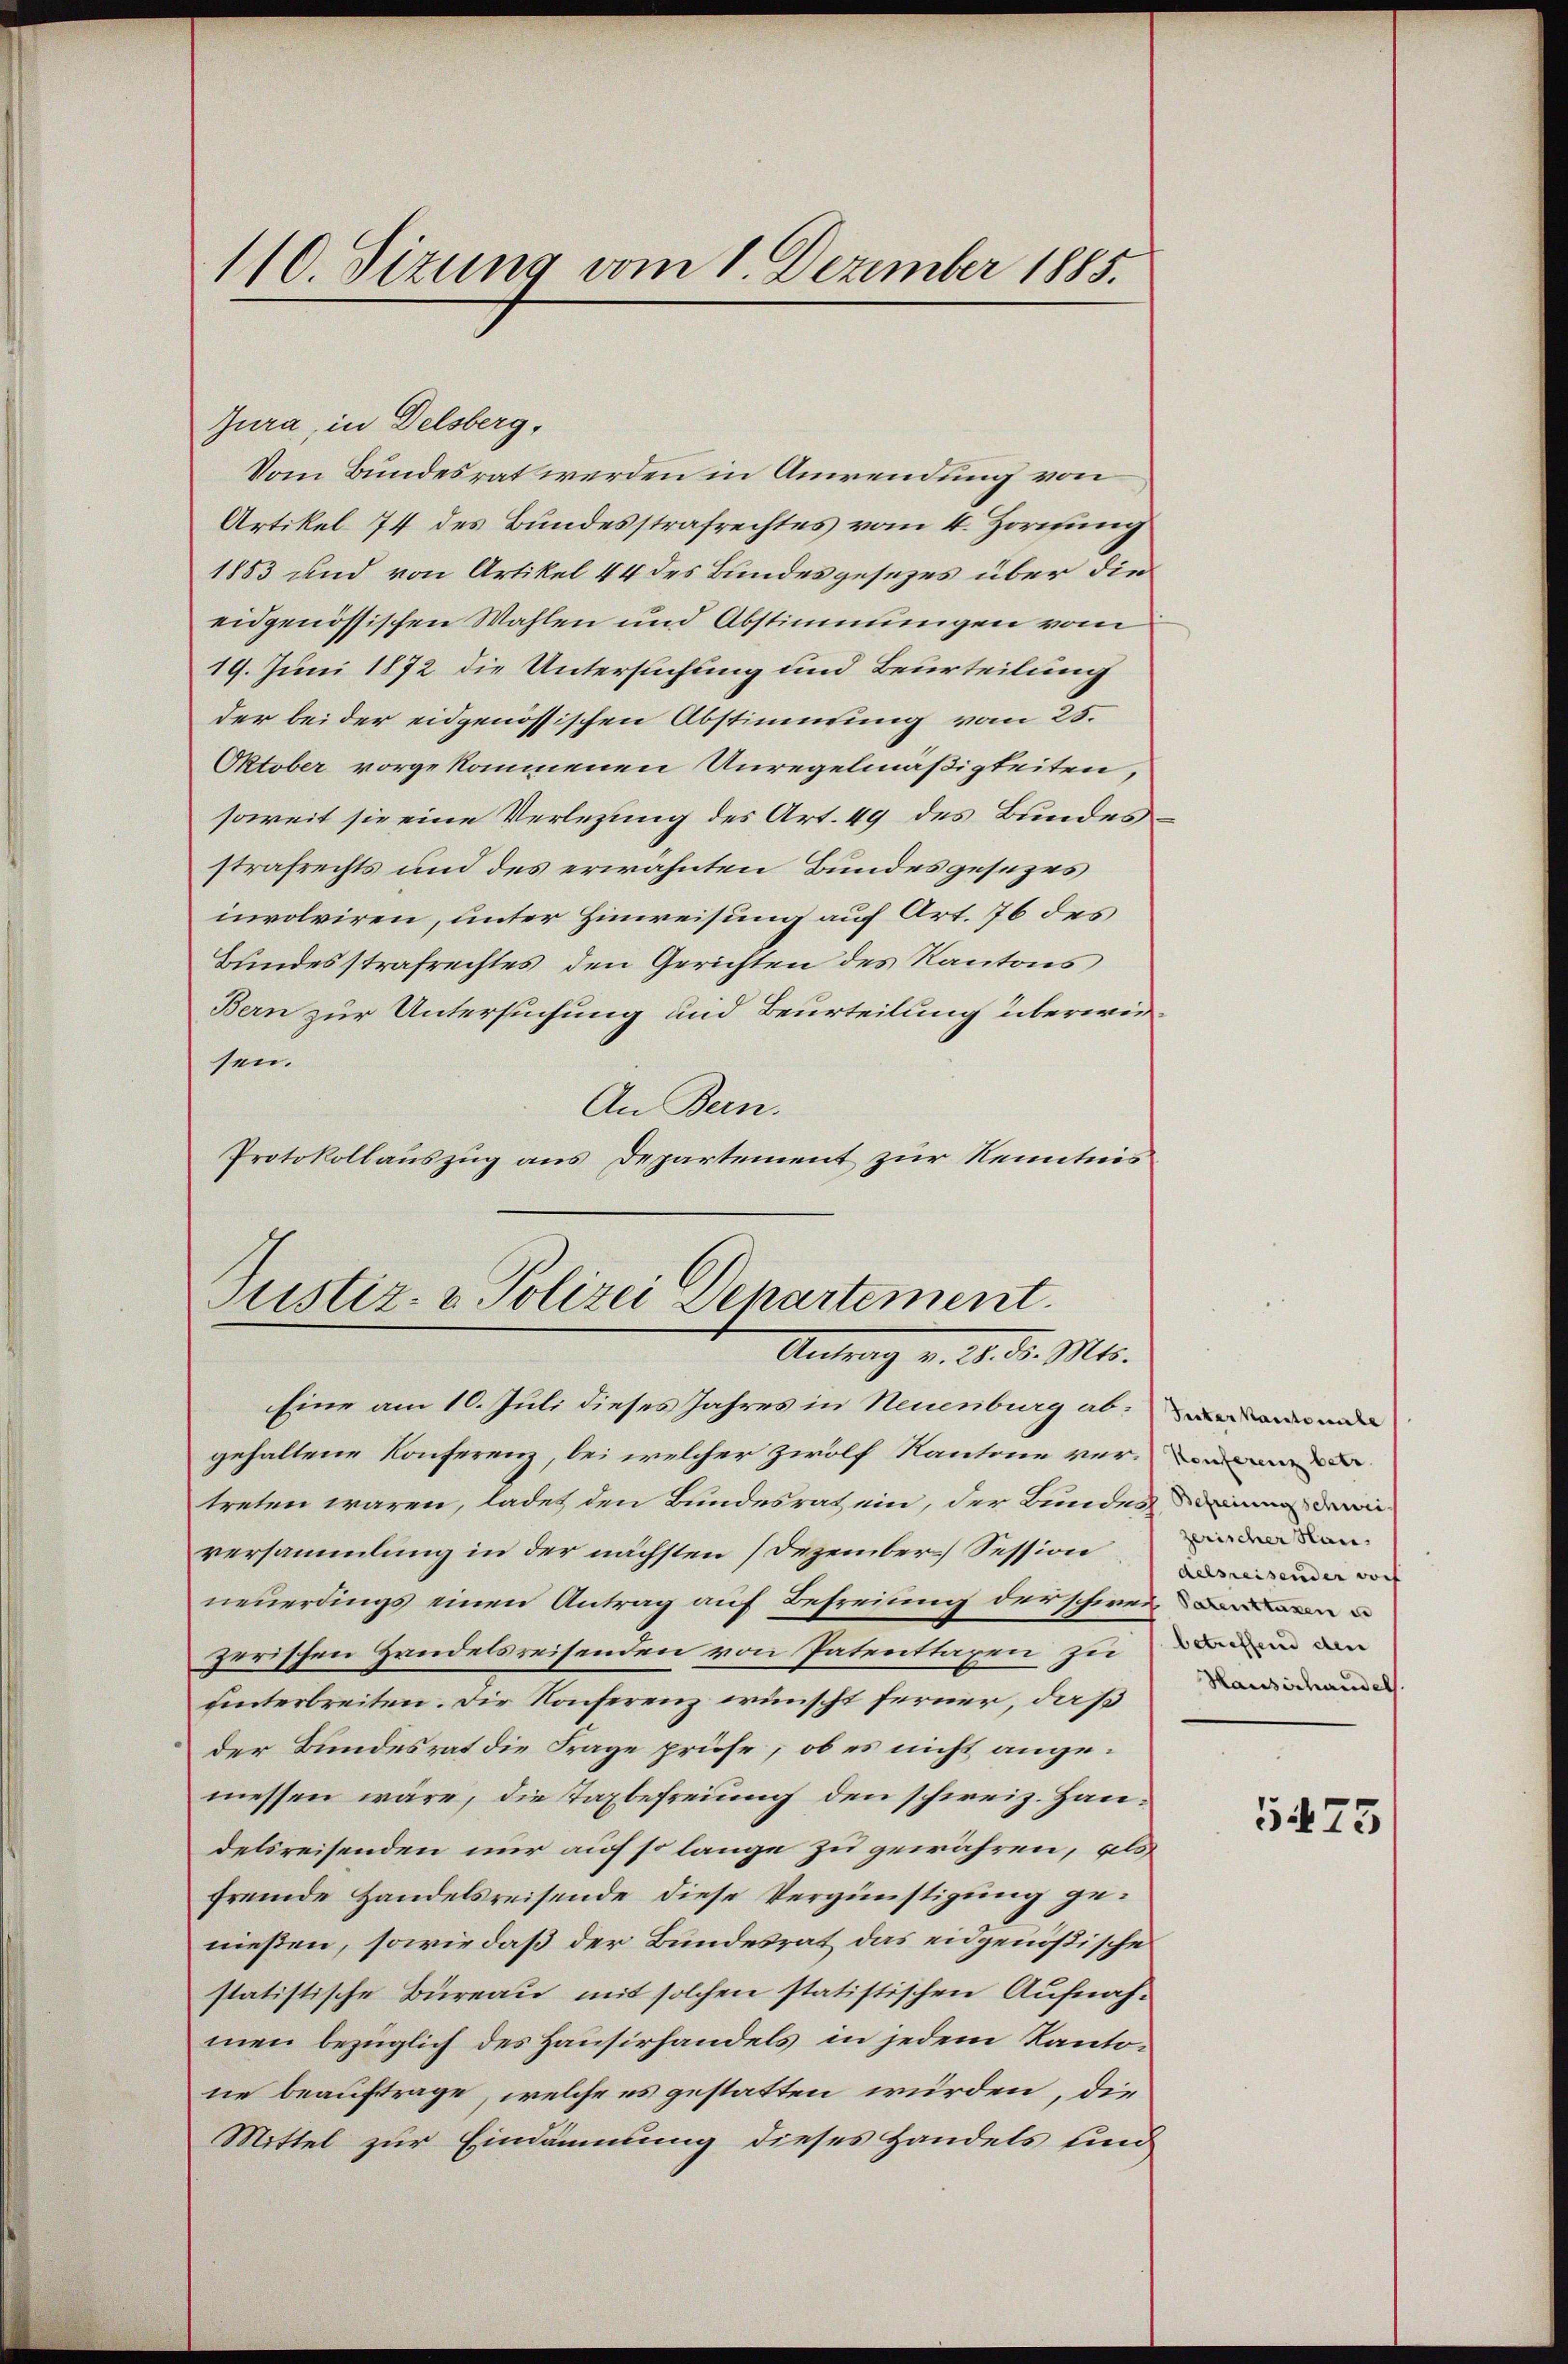
Jura, in Delsberg,
Vom Bundesrat werden in Anwendung von
Artikel 74 des Bundesstrafrechtes vom 4. Hortung
1853 und von Artikel 44 des Bundesgesezes über die
eidgenössischen Wahlen und Abstimmungen vom
19. Juni 1872 die Untersuchung und Beurteilung
der bei der eidgenössischen Abstimmung vom 25.
Oktober vorgekommenen Unregelmäßigkeiten,
soweit sie eine Verlegung des Art. 49 des Bundesstrafrechts und des erwähnten Bundesgesezes
involviren, unter Hinweisung auf Art. 76 des
Bundesstrafrechtes, den Gerichten des Kantons
Bern zur Untersuchung und Beurteilung überwiesen.
An Bern.
Protokollauszug aus Departement zur Kenntnis

110. Sizung vom 1. Dezember 1885.

Justiz- & Polizei Departement.
Antrag v. 18. d. Mts.

Eine am 10. Juli dieses Jahres in Neuenburg abwende
gehaltene Konferenz, bei welcher zwölf Kantone ver- de
treten wären, ladet den Bundesrat ein, der Bundesinn di
versammlung in der nächsten (Dezember Session
neuerdings einen Antrag auf Befreiung der schwei
zerischen Handelsreisenden von Patenttaxen zu
unterbreiten. Die Konferenz wünscht ferner, daß
der Bundesrat die Frage prüfe, ob es nicht angemessen wäre, die Taxbefreiung den schweiz. Handelsreisenden nur auf so lange zu gewähren, als
fremde Handelsreisende diese Vergünstigung genießen, sowie daß der Bundesrat das eidgenößisches
statistische Büreau mit solchen statistischen Aufnahmen bezüglich des Hausirhandels in jedem Kantone beauftrage, welche es gestatten würden, die
Mittel zur Eindämmung dieses Handels und

zerischer San.
delsreisender doch
Patenttaxen und
betreffend den
Hausschaudel.

5475